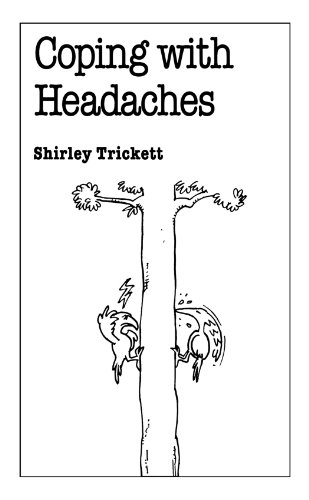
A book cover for Coping With Headaches (Overcoming Common Problems Series); Shirley Trickett; Health, Fitness & Dieting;